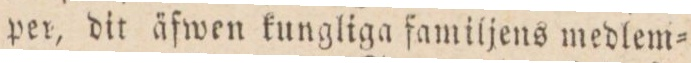
per, dit äfwen kungliga familjens medlem=